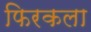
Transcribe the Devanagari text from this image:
फिरकला